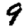
Digit: 9